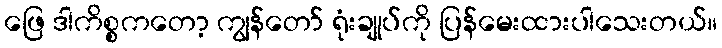
ဖြေ ဒါကိစ္စကတော့ ကျွန်တော် ရုံးချုပ်ကို ပြန်မေးထားပါသေးတယ်။